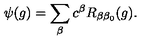
\psi ( g ) = \sum _ { \beta } c ^ { \beta } R _ { \beta \beta _ { 0 } } ( g ) .